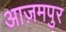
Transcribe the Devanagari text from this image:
आज़मपुर